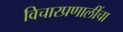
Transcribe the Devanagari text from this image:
विचारप्रणालींचा